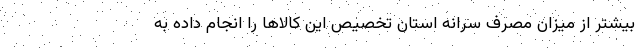
بیشتر از میزان مصرف سرانه استان تخصیص این کالاها را انجام داده به